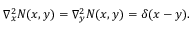
\nabla _ { x } ^ { 2 } N ( x , y ) = \nabla _ { y } ^ { 2 } N ( x , y ) = \delta ( x - y ) .